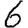
Digit: 6